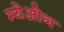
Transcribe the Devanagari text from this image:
म्येओन